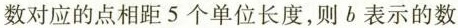
数对应的点相距5个单位长度，则b表示的数